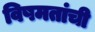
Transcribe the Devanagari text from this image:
विषमतांची